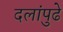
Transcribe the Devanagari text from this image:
दलांपुढे